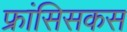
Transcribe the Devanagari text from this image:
फ्रांसिसकस